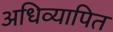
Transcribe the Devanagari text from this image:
अधिव्यापित